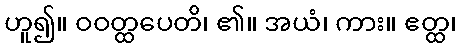
ဟူ၍။ ဝဝတ္ထပေတိ၊ ၏။ အယံ၊ ကား။ ဧတ္ထ၊